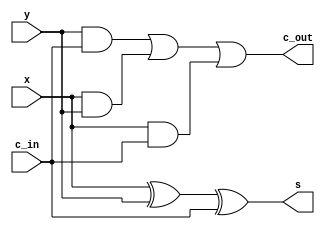
module lab4_fulladder(x,y,c_out,c_in,s);
   input x,y,c_in;
   output s,c_out;
 assign s = (x^y) ^ c_in;
 assign c_out = (y&c_in)| (x&y) | (x&c_in);
endmodule // full_adder



module callAdder(A, B, cin, cout, s);
wire[31:0] carry;
input [31:0]A;
input [31:0]B;
output [31:0]s;
genvar i;
input cin;
output cout;

assign carry[0] = cin;
assign cout = carry[31];

generate

for(i=0; i<31; i=i+1) begin: lab4_fulladder

lab4_fulladder inst(A[i], B[i], carry[i+1], carry[i], s[i]);


end
endgenerate
endmodule